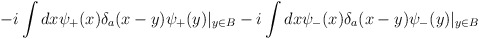
\begin{align*}-i\int dx\psi_{+}(x)\delta_{a}(x-y)\psi_{+}(y)|_{y\in B}-i\int dx \psi_{-}(x)\delta_{a}(x-y)\psi_{-}(y)|_{y\in B}\end{align*}